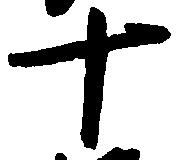
十